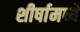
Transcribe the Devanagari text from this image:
शीर्षामध्ये